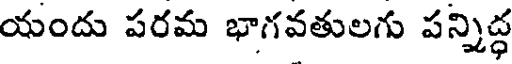
యందు పరమ భాగవతులగు పన్నిద్ధ